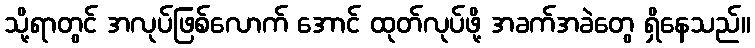
သို့ရာတွင် အလုပ်ဖြစ်လောက် အောင် ထုတ်လုပ်ဖို့ အခက်အခဲတွေ ရှိနေသည်။